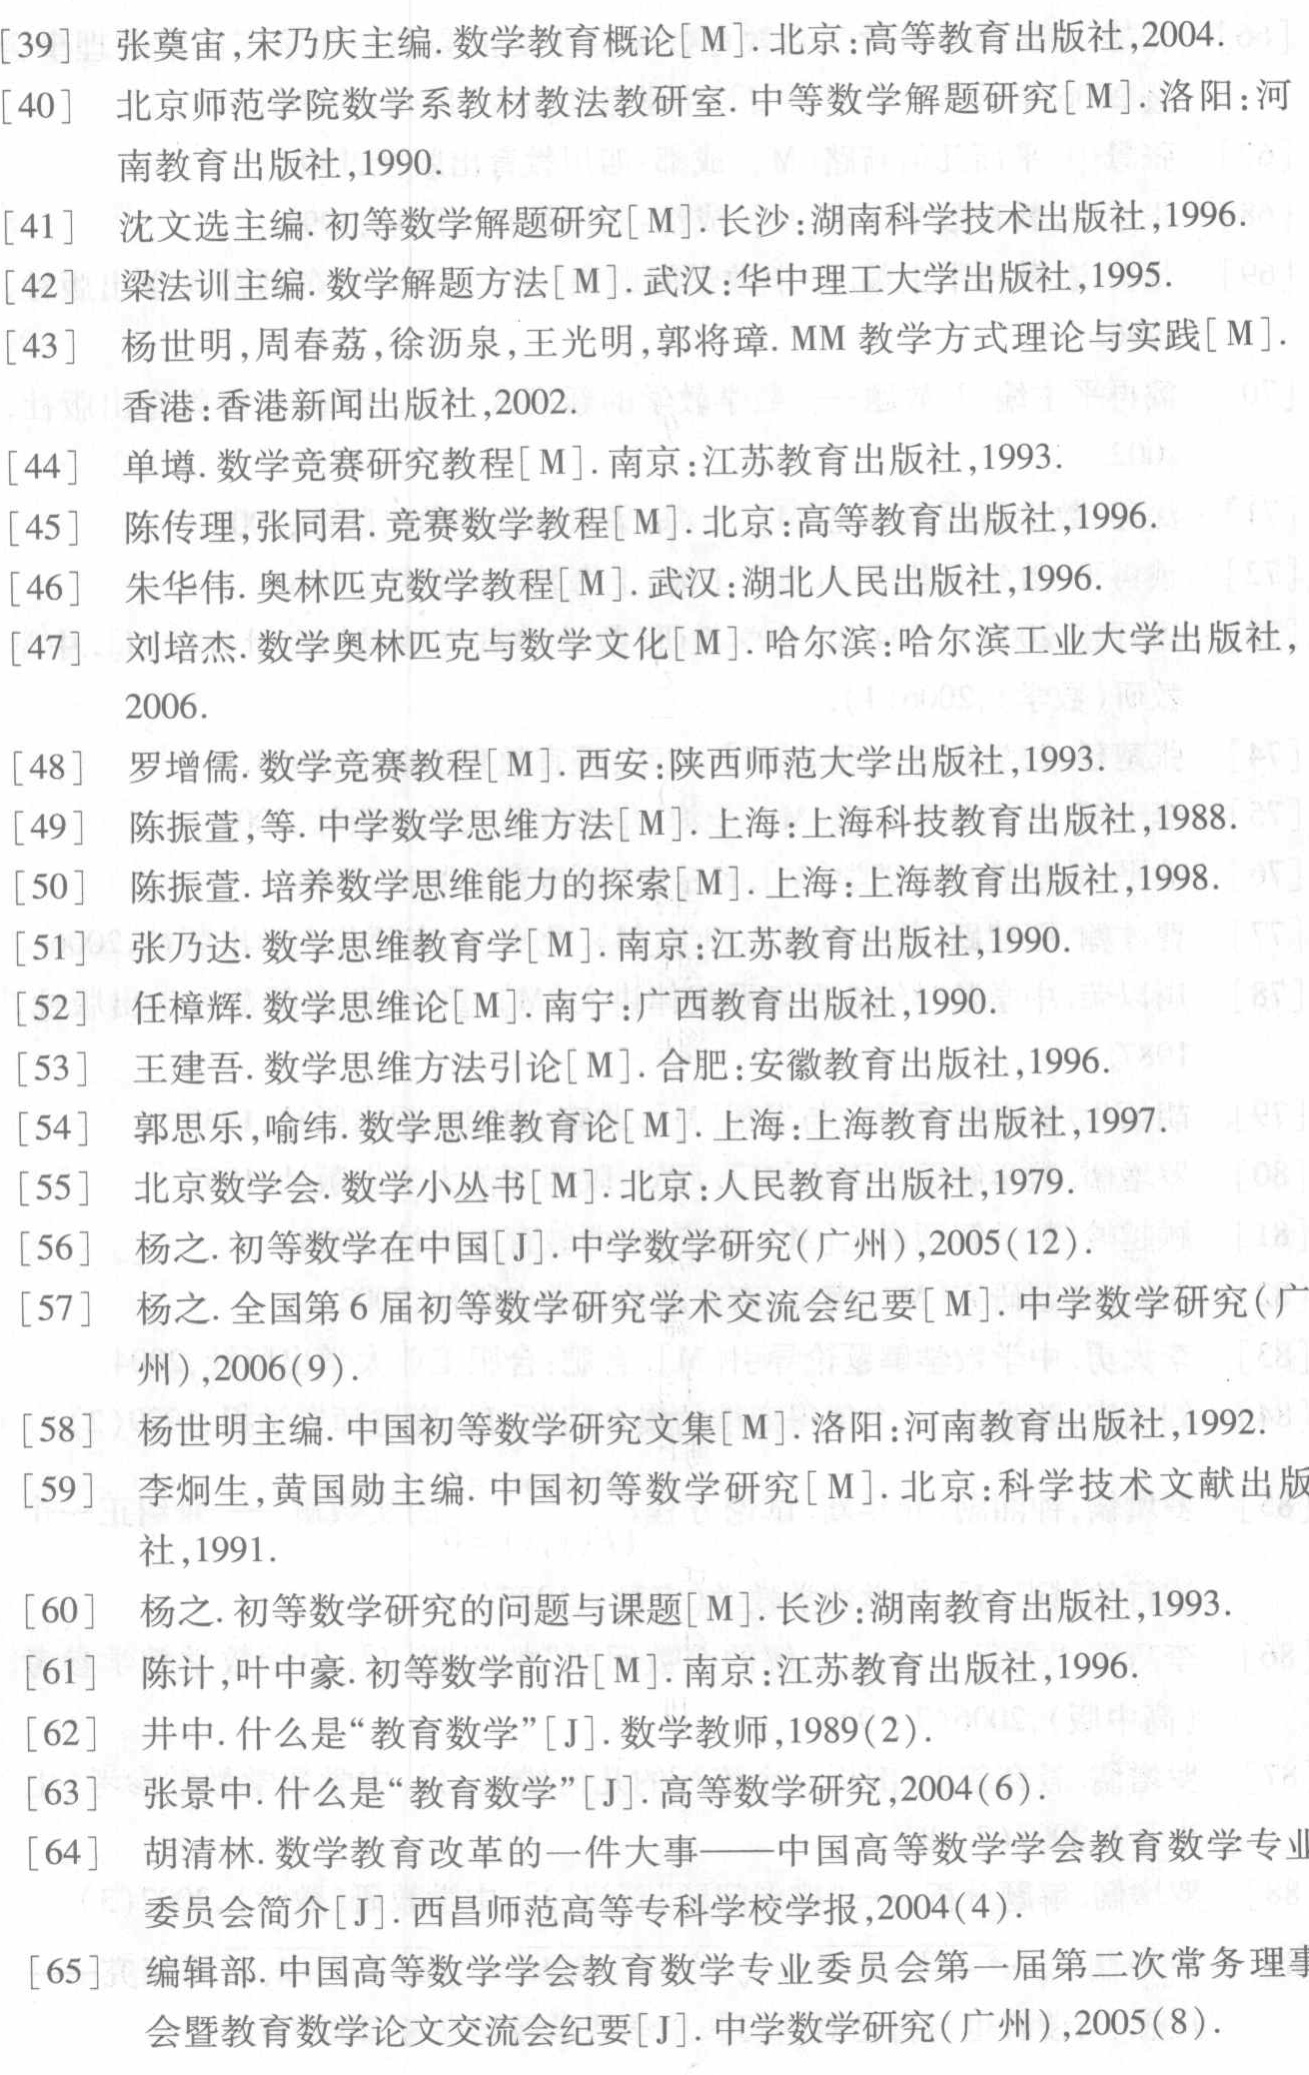
\begin{enumerate}

\item [39] 张奠宙,宋乃庆主编.数学教育概论[M].北京:高等教育出版社,2004.

\item [40] 北京师范学院数学系教材教法教研室.中等数学解题研究[M].洛阳:河南教育出版社,1990.

\item [41] 沈文选主编.初等数学解题研究[M].长沙:湖南科学技术出版社,1996.

\item [42] 梁法训主编.数学解题方法[M].武汉:华中理工大学出版社,1995.

\item [43] 杨世明,周春荔,徐沥泉,王光明,郭将璋. MM教学方式理论与实践[M].香港:香港新闻出版社,2002.

\item [44] 单墫.数学竞赛研究教程[M].南京:江苏教育出版社,1993.

\item [45] 陈传理,张同君.竞赛数学教程[M].北京:高等教育出版社,1996.

\item [46] 朱华伟.奥林匹克数学教程[M].武汉:湖北人民出版社,1996.

\item [47] 刘培杰.数学奥林匹克与数学文化[M].哈尔滨:哈尔滨工业大学出版社,2006.

\item [48] 罗增儒.数学竞赛教程[M].西安:陕西师范大学出版社,1993.

\item [49] 陈振萱,等.中学数学思维方法[M].上海:上海科技教育出版社,1988.

\item [50] 陈振萱.培养数学思维能力的探索[M].上海:上海教育出版社,1998.

\item [51] 张乃达.数学思维教育[M].南京:江苏教育出版社,1990.

\item [52] 任樟辉.数学思维论[M].南宁:广西教育出版社,1990.

\item [53] 王建吾.数学思维方法引论[M].合肥:安徽教育出版社,1996.

\item [54] 郭思乐,喻纬.数学思维教育论[M].上海:上海教育出版社,1997.

\item [55] 北京数学会.数学小丛书[M].北京:人民教育出版社,1979.

\item [56] 杨之.初等数学在中国[J].中学数学研究(广州),2005(12).

\item [57] 杨之.全国第6届初等数学研究学术交流会纪要[M].中学数学研究(广州),2006(9).

\item [58] 杨世明主编.中国初等数学研究文集[M].洛阳:河南教育出版社,1992.

\item [59] 李炯生,黄国勋主编.中国初等数学研究[M].北京:科学技术文献出版社,1991.

\item [60] 杨之.初等数学研究的问题与课题[M].长沙:湖南教育出版社,1993.

\item [61] 陈计,叶中豪.初等数学前沿[M].南京:江苏教育出版社,1996.

\item [62] 井中.什么是“教育数学”[J].数学教师,1989(2).

\item [63] 张景中.什么是“教育数学”[J].高等数学研究,2004(6).

\item [64] 胡清林.数学教育改革的一件大事——中国高等数学学会教育数学专业委员会简介[J].西昌师范高等专科学校学报,2004(4).

\item [65] 编辑部.中国高等数学学会教育数学专业委员会第一届第二次常务理事会暨教育数学论文交流会纪要[J].中学数学研究(广州),2005(8).

\end{enumerate}